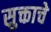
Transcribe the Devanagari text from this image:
सुक्ताचे